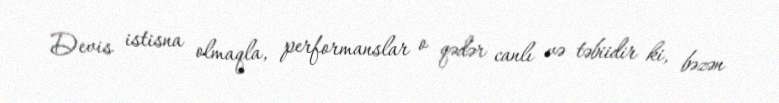
Devis istisna olmaqla, performanslar o qədər canlı və təbiidir ki, bəzən